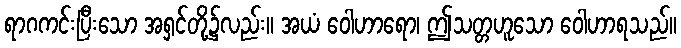
ရာဂကင်းပြီးသော အရှင်တို့၌လည်း။ အယံ ဝေါဟာရော၊ ဤသတ္တဟူသော ဝေါဟာရသည်။